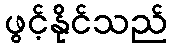
ဖွင့်နိုင်သည်